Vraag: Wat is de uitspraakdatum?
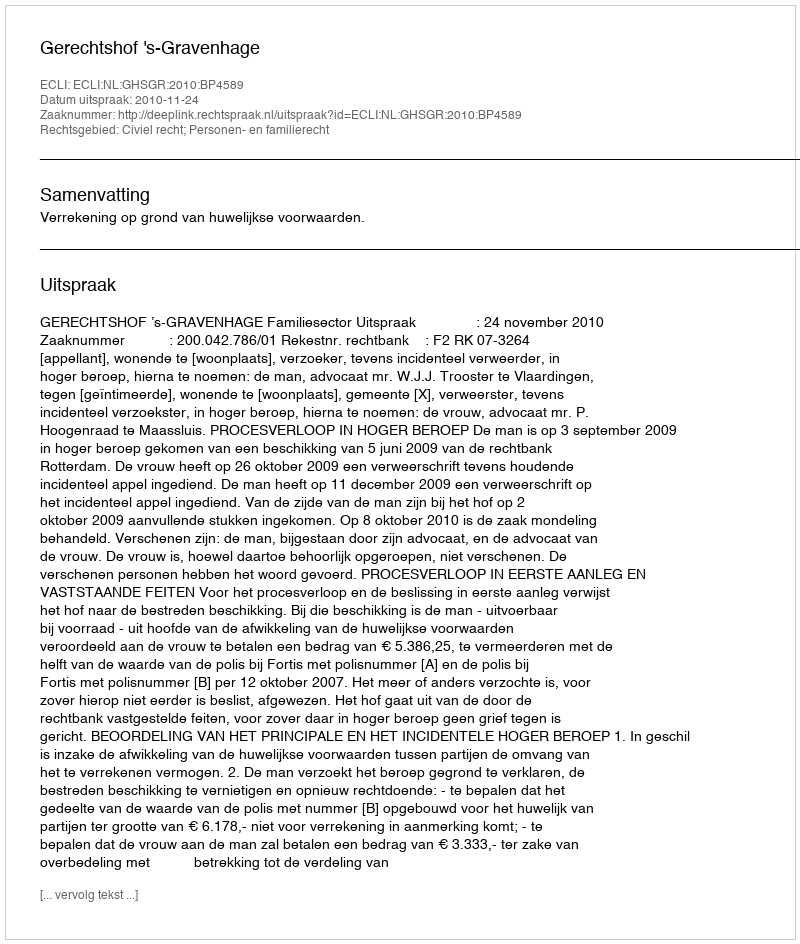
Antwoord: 2010-11-24